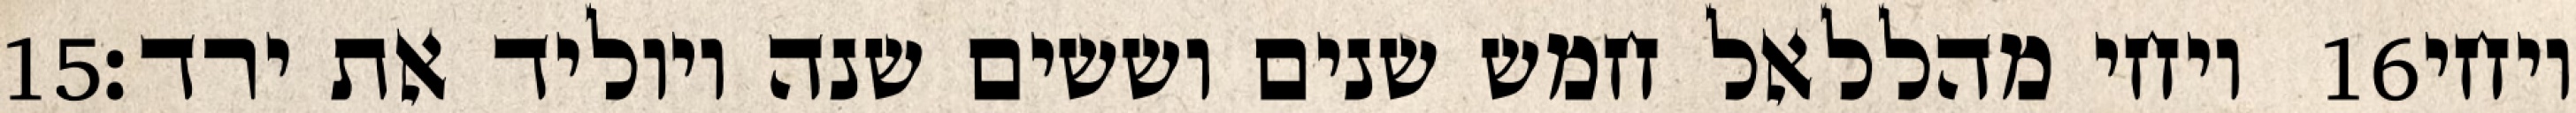
‎15‏ ויחי מהללאל חמש שנים וששים שנה ויוליד את ירד׃ ‎16‏ ויחי